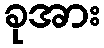
ခုအား